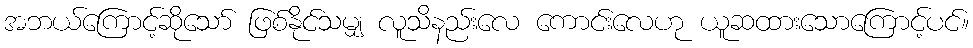
အဘယ်ကြောင့်ဆိုသော် ဖြစ်နိုင်သမျှ လူသိနည်းလေ ကောင်းလေဟု ယူဆထားသောကြောင့်ပင်။